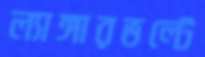
ল্যাঙ্গারভল্টে